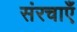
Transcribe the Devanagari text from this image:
संरचाएँ